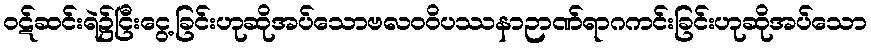
ဝဋ်ဆင်းရဲ၌ငြီးငွေ့ခြင်းဟုဆိုအပ်သောဗလဝဝိပဿနာဉာဏ်ရာဂကင်းခြင်းဟုဆိုအပ်သော